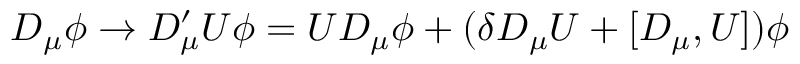
D _ { \mu } \phi \rightarrow D _ { \mu } ^ { \prime } U \phi = U D _ { \mu } \phi + ( \delta D _ { \mu } U + [ D _ { \mu } , U ] ) \phi